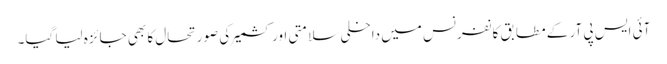
آئی ایس پی آر کے مطابق کانفرنس میں داخلی سلامتی اور کشمیر کی صورتحال کا بھی جائزہ لیا گیا۔